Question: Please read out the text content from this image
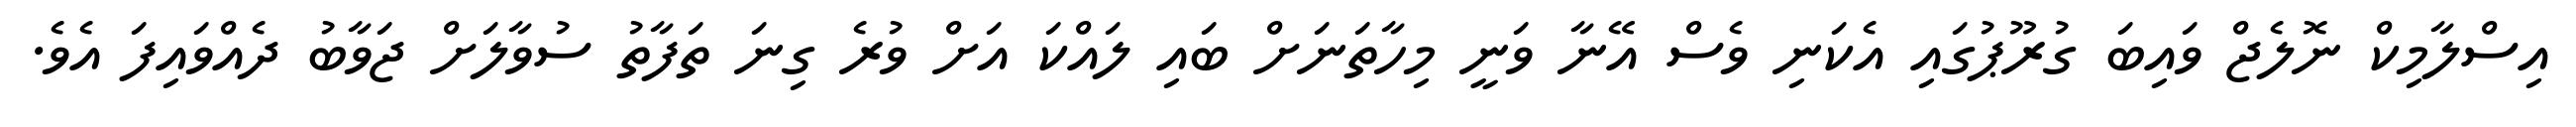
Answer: އިސްލާމިކް ނޮލެޖް ވައިބަ ގުރޫޕުގައި އެކަނި ވެސް އޭނާ ވަނީ މިހާތަނަށް ބައި ލައްކަ އަށް ވުރެ ގިނަ ތަފާތު ސުވާލަށް ޖަވާބު ދެއްވައިފަ އެވެ.